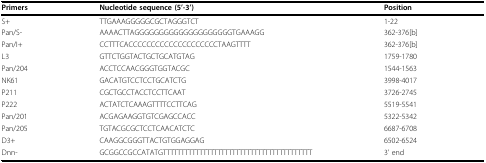
<table><thead><tr><td><b>Primers</b></td><td><b>Nucleotide sequence (5&#x27;-3&#x27;)</b></td><td><b>Position</b></td></tr></thead><tbody><tr><td>S+</td><td>TTGAAAGGGGGCGCTAGGGTCT</td><td>1-22</td></tr><tr><td>Pan/S-</td><td>AAAACTTAGGGGGGGGGGGGGGGGGGGGTGAAAGG</td><td>362-376[b]</td></tr><tr><td>Pan/I+</td><td>CCTTTCACCCCCCCCCCCCCCCCCCCCTAAGTTTT</td><td>362-376[b]</td></tr><tr><td>L3</td><td>GTTCTGGTACTGCTGCATGTAG</td><td>1759-1780</td></tr><tr><td>Pan/204</td><td>ACCTCCAACGGGTGGTACGC</td><td>1544-1563</td></tr><tr><td>NK61</td><td>GACATGTCCTCCTGCATCTG</td><td>3998-4017</td></tr><tr><td>P211</td><td>CGCTGCCTACCTCCTTCAAT</td><td>3726-2745</td></tr><tr><td>P222</td><td>ACTATCTCAAAGTTTTCCTTCAG</td><td>5519-5541</td></tr><tr><td>Pan/201</td><td>ACGAGAAGGTGTCGAGCCACC</td><td>5322-5342</td></tr><tr><td>Pan/205</td><td>TGTACGCGCTCCTCAACATCTC</td><td>6687-6708</td></tr><tr><td>D3+</td><td>CAAGGCGGGTTACTGTGGAGGAG</td><td>6502-6524</td></tr><tr><td>Dnn-</td><td>GCGGCCGCCATATGTTTTTTTTTTTTTTTTTTTTTTTTTTTTTTTTTTTTTTTTT</td><td>3&#x27; end</td></tr></tbody></table>